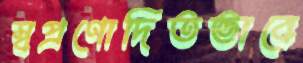
স্বপ্রণোদিতভাবে